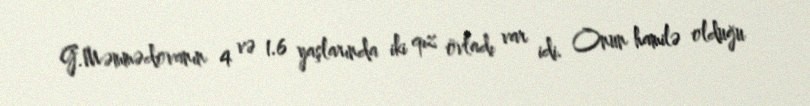
G.Məmmədovanın 4 və 1.6 yaşlarında iki qız övladı var idi. Onun hamilə olduğu